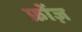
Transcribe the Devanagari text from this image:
फ्रोंज़